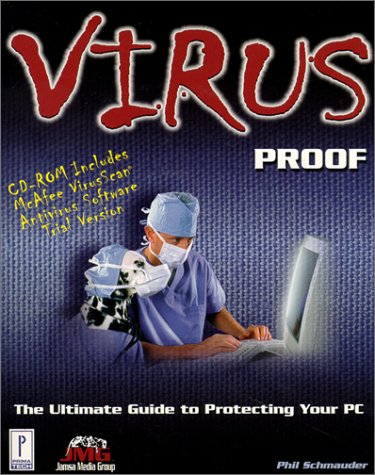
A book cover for Virus Proof : The Ultimate Guide to Protecting Your PC; Phil Schmauder; Computers & Technology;